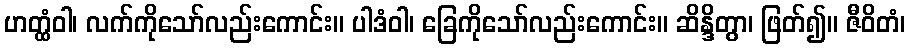
ဟတ္ထံဝါ၊ လက်ကိုသော်လည်းကောင်း။ ပါဒံဝါ၊ ခြေကိုသော်လည်းကောင်း။ ဆိန္ဒိတွာ၊ ဖြတ်၍။ ဇီဝိတံ၊